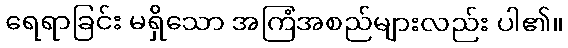
ရေရာခြင်း မရှိသော အကြံအစည်များလည်း ပါ၏။